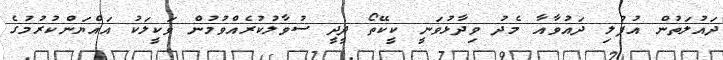
ދައުލަތުން އުފުލި ދައުވާއާ މެދު ވިދާޅުވަނީ ކީކޭތޯ ދީދީ ސުވާލުކުރެއްވުމުން ވަކީލަކު އައްޔަންކުރުމުގެ